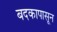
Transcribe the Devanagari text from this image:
बदकापासून